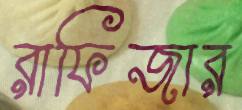
রাফিজার